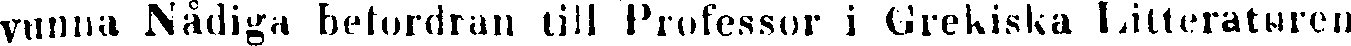
vunna Nådiga befordran till Professor i Grekiska Litteraturen